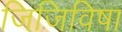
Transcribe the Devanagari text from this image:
जिजिविषा